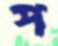
প